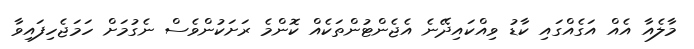
މާލެއާ އެއް އަގެއްގައި ކާޑު ވިއްކައިދޭނެ އެޖެންޓުންތަކެއް ކޮންމެ ރަށަކުންވެސް ނެގުމަށް ހަމަޖެހިފައިވާ